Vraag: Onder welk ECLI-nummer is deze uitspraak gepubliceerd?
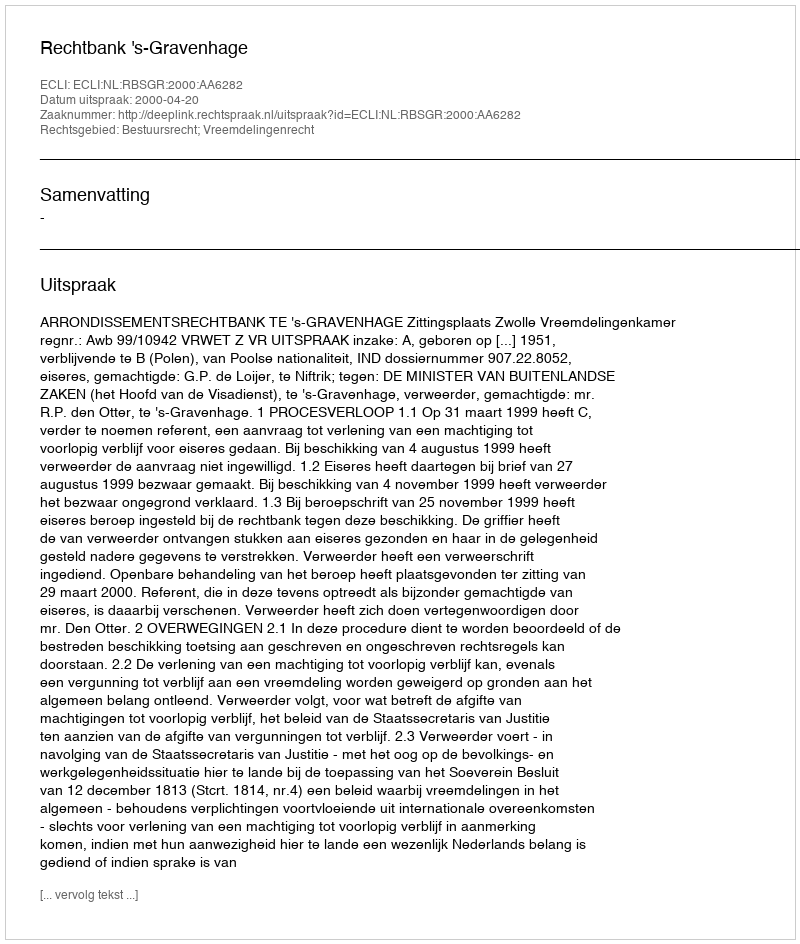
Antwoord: ECLI:NL:RBSGR:2000:AA6282